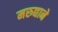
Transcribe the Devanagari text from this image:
मरुद्याने